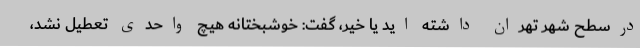
درسطح شهر تهران داشته اید یا خیر، گفت: خوشبختانه هیچ واحدی تعطیل نشد،